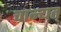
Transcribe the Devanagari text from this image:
चान्यत्